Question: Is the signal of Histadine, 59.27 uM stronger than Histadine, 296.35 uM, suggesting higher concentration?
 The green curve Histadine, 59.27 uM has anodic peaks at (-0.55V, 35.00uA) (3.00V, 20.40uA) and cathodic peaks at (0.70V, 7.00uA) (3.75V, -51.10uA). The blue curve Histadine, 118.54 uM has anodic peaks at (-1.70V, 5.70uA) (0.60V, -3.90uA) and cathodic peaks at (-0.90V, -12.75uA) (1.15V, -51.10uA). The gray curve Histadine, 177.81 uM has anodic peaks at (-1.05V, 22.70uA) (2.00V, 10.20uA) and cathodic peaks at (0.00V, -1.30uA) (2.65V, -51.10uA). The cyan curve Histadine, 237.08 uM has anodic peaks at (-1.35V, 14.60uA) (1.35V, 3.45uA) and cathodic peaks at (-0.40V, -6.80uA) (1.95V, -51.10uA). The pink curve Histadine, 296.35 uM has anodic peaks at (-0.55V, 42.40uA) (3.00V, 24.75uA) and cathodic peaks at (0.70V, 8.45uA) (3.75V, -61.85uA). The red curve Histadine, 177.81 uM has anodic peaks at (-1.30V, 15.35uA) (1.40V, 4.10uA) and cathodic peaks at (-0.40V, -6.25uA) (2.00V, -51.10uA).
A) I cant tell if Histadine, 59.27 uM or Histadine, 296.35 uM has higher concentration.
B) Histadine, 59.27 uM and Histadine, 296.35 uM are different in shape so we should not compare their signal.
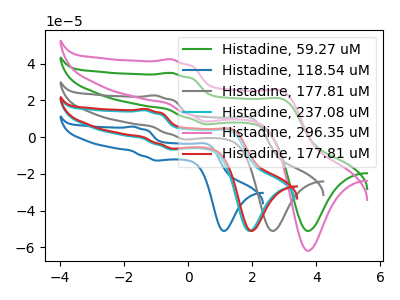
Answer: <think>All the peaks in "Histadine, 59.27 uM" have a peak in "Histadine, 296.35 uM" at the same potential.
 </think>
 <answer>A) I cant tell if "Histadine, 59.27 uM" or "Histadine, 296.35 uM" has higher concentration.</answer>
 <eval>A</eval>